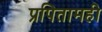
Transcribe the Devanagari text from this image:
प्रपितामही